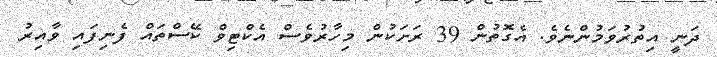
ދަނީ އިތުރުވަމުންނެވެ. އެގޮތުން 39 ރަށަކުން މިހާރުވެސް އެކްޓިވް ކޭސްތައް ފެނިފައި ވާއިރު